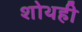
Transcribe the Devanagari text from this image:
शोथही